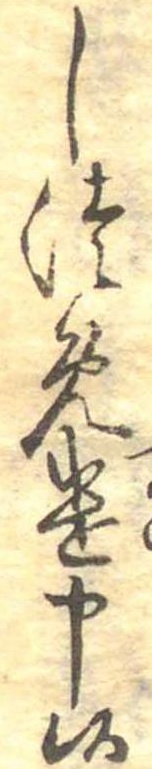
しつめ遣申候